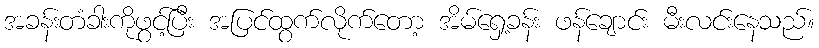
အခန်းတံခါးကိုဖွင့်ပြီး အပြင်ထွက်လိုက်တော့ အိမ်ရှေ့ခန်း ဖန်ချောင်း မီးလင်းနေသည်။